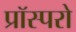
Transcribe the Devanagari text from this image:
प्रॉस्परो